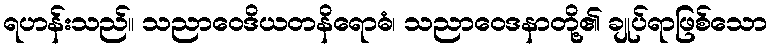
ရဟန်းသည်။ သညာဝေဒိယတနိရောဓံ၊ သညာဝေဒနာတို့၏ ချုပ်ရာဖြစ်သော